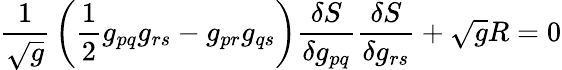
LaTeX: {\frac{1}{\sqrt{g}}}\left({\frac{1}{2}}g_{pq}g_{rs}-g_{pr}g_{qs}\right){\frac{\delta S}{\delta g_{pq}}}{\frac{\delta S}{\delta g_{rs}}}+{\sqrt{g}}R=0